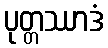
ပုတ္တဿာဒံ